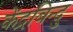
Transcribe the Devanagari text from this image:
केंद्रबिन्दु